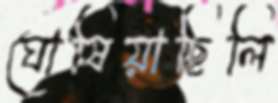
ঘোষিয়াছিলি